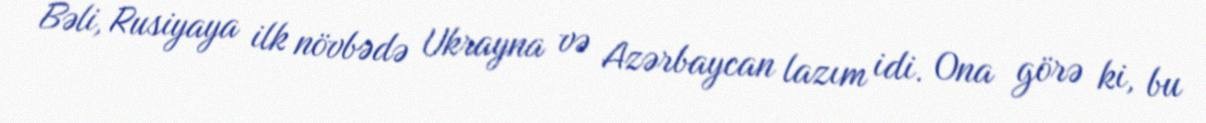
Bəli, Rusiyaya ilk növbədə Ukrayna və Azərbaycan lazım idi. Ona görə ki, bu